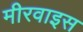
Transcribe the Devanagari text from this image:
मीरवाइस